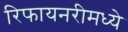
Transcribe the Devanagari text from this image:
रिफायनरीमध्ये